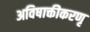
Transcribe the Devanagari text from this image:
अविषाक्तीकरणृ